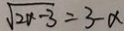
\sqrt { 2 x - 3 } = 3 - x